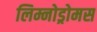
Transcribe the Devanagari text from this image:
लिम्नोड्रोमस